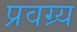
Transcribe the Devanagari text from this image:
प्रवग्र्य